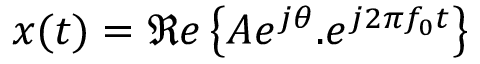
x ( t ) = \Re e \left\{ A e ^ { j \theta } . e ^ { j 2 \pi f _ { 0 } t } \right\}